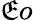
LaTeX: \mathfrak{E}o